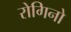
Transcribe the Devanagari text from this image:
रोगिनो